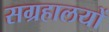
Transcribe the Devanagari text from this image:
सग्रहालयों